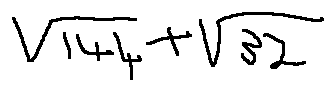
\sqrt { 1 4 4 } + \sqrt { 3 2 }